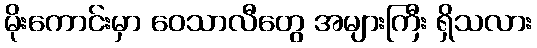
မိုးကောင်းမှာ ဝေသာလီတွေ အများကြီး ရှိသလား